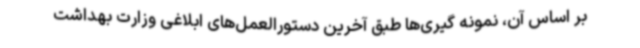
بر اساس آن، نمونه گیری‌ها طبق آخرین دستورالعمل‌های ابلاغی وزارت بهداشت